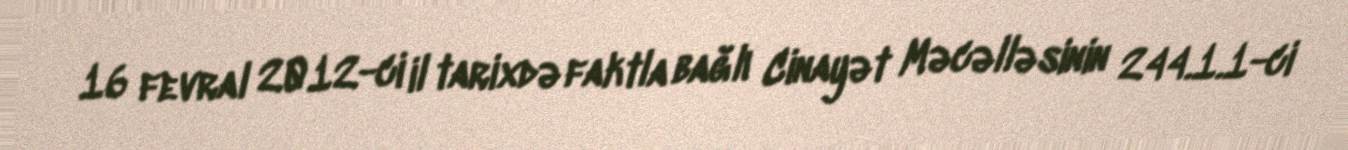
16 fevral 2012-ci il tarixdə faktla bağlı Cinayət Məcəlləsinin 244.1.1-ci